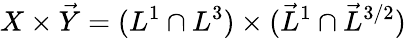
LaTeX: X\times\vec{Y}=(L^{1}\cap L^{3})\times(\vec{L}^{1}\cap\vec{L}^{3/2})